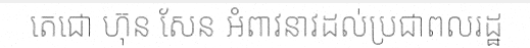
តេជោ ហ៊ុន សែន អំពាវនាវដល់ប្រជាពលរដ្ឋ